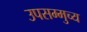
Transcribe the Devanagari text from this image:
उपसम्मुच्य